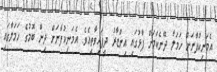
އެމަނިކުފާނަށް ހަމަލާ ދޭނެކަމަށް ފާޅުގައި އިންޒާރު ދީފައިވާތީއެވެ. އެމަނިކުފާނަށް ދިން ބޮމުގެ ހަމަލާގައި